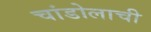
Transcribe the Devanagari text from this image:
चांडोलाची